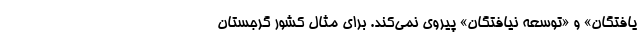
یافتگان» و «توسعه نیافتگان» پیروی نمی‌کند. برای مثال کشور گرجستان